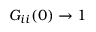
G _ { i i } ( 0 ) \rightarrow 1